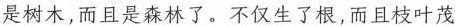
是树木，而且是森林了。不仅生了根，而且枝叶茂